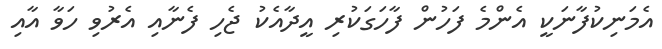
އެމަނިކުފާނަކީ އެންމެ ފަހުން ފާހަގަކުރި އީދާއެކު ޖެހި ފެނާއި އެރުވި ހަވާ އާއި